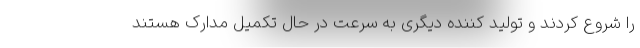
را شروع کردند و تولید کننده دیگری به سرعت در حال تکمیل مدارک هستند